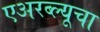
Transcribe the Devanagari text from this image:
एअरब्ल्यूचा